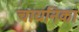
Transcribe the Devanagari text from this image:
चायनिका